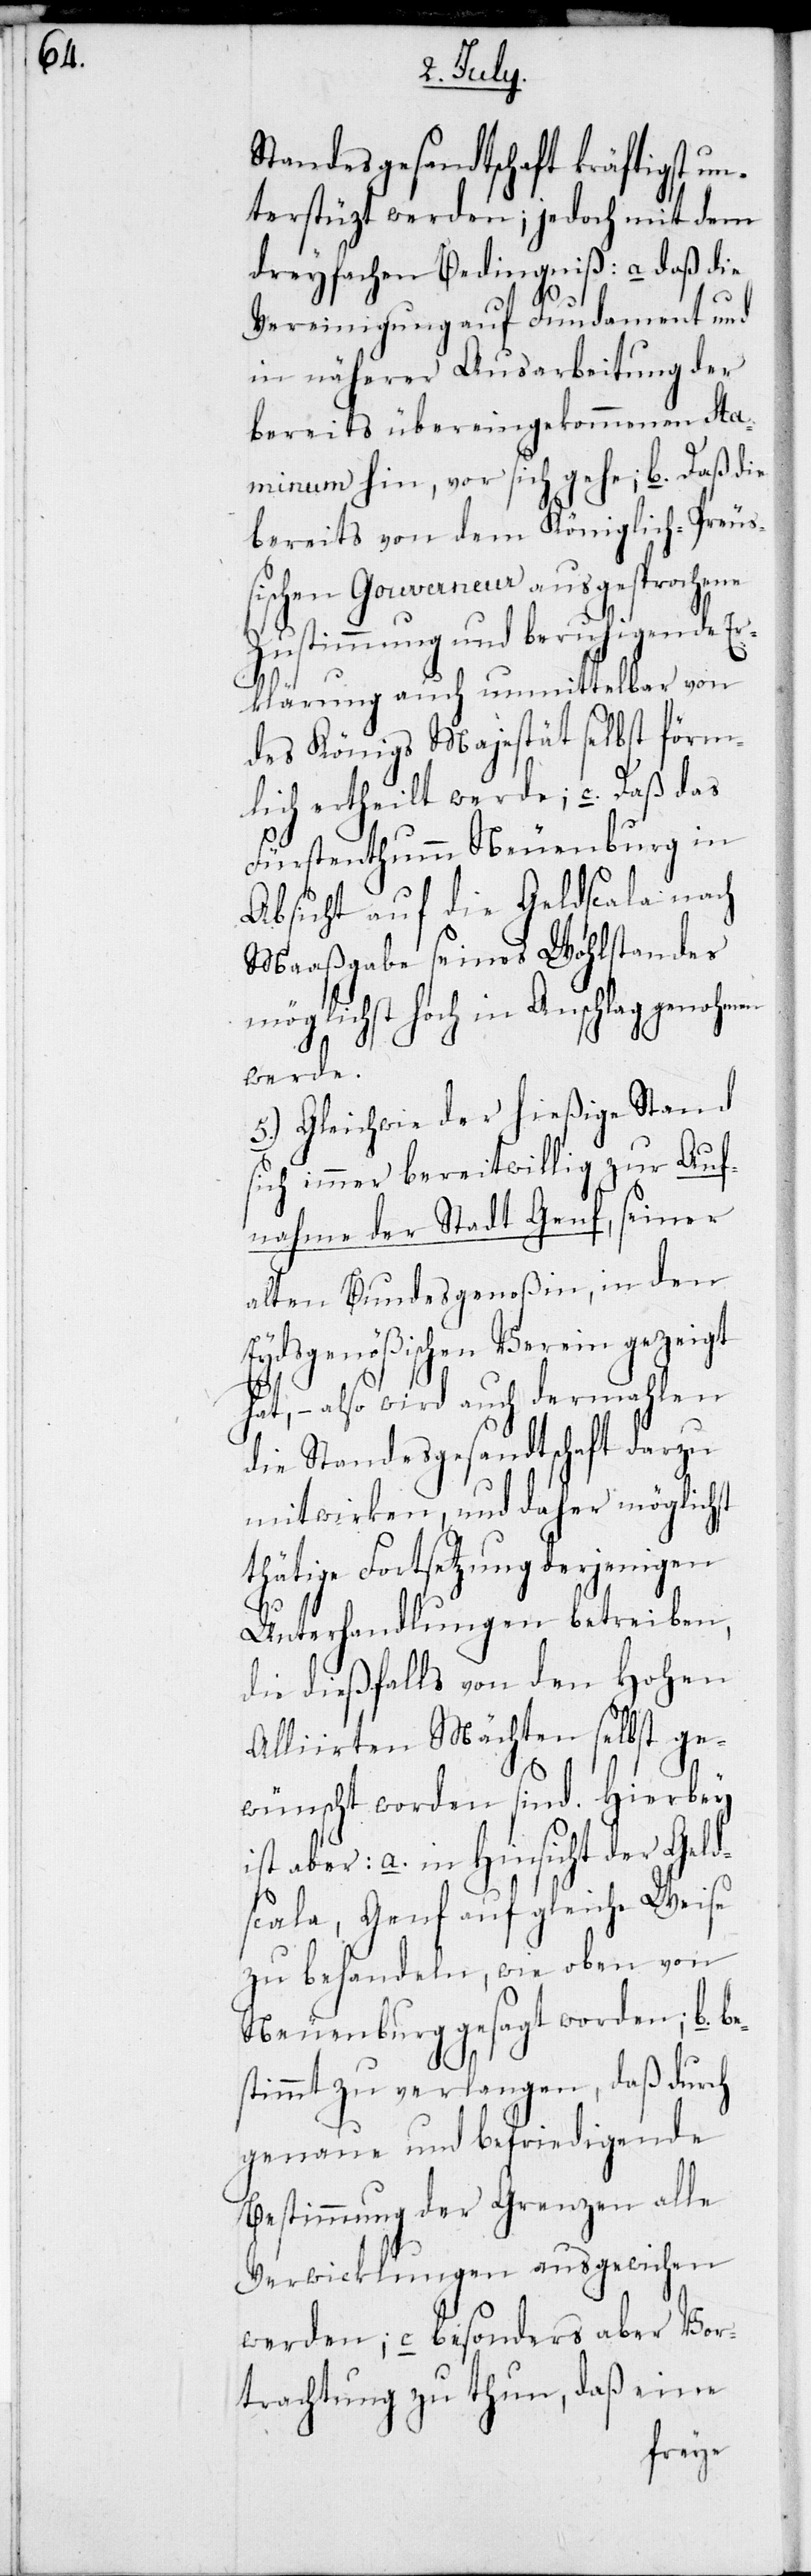
Standesgesandtschaft kräftigst un¬
terstüzt werden; jedoch mit dem
dreyfachen Bedingniß: a daß die
Vereinigung auf Fundament und
in näherer Ausarbeitung der
bereits übereingekommenen Sta¬
minum hin, vor sich gehe; b. Daß die
bereits von dem Königlich-Preuß¬
ischen Gouverneur ausgesprochene
Zustimmung und beruhigende Er¬
klärung auch unmittelbar von
des Königs Majestät selbst förm¬
lich ertheilt werde; c. Daß das
Fürstenthumm Neuenburg in
Absicht auf die Geldscala nach
Maaßgabe seines Wohlstandes
möglichst hoch in Anschlag genohmen
werden.
5.) Gleichwie der hießige Stand
sich immer bereitwillig zur Auf¬
nahme der Stadt Genf, seiner
alten Bundesgenoßin, in den
Eydsgenößischen Verein gezeigt
hat, – also wird auch dermahlen
die Standesgesandtschaft darzu
mitwirken, und daher möglichst
thätige Fortsetzung derjenigen
Unterhandlungen betreiben,
die dießfalls von den Hohen
Alliirten Mächten selbst ge¬
wünscht worden sind. Hierbey
ist aber: a. in Hinsicht der Geld¬
scala, Genf auf gleiche Weise
zu behandeln, wie oben von
Neuenburg gesagt worden; b. be¬
stimmt zu verlangen, daß durch
genaue und befriedigende
Bestimmung der Grenzen alle
Verwicklungen ausgewichen
werden; c. besonders aber Vor¬
trachtung zu thun, daß eine